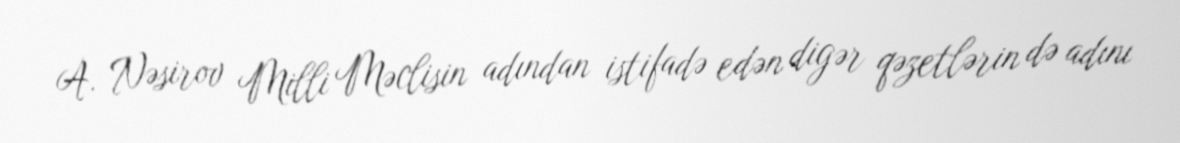
A. Nəsirov Milli Məclisin adından istifadə edən digər qəzetlərin də adını